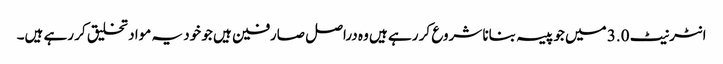
انٹرنیٹ 3.0 میں جو پیسہ بنانا شروع کر رہے ہیں وہ دراصل صارفین ہیں جو خود یہ مواد تخلیق کر رہے ہیں۔